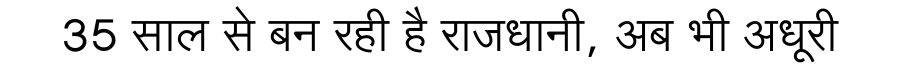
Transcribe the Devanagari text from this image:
35 साल से बन रही है राजधानी, अब भी अधूरी